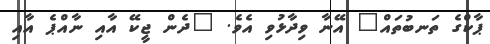
ޕާކްގެ ތަނބުތައް" އޭނާ ވިދާޅުވި އެވެ. "ދެން ޖީކޭ އާއި ނާއްޕެ އާއި